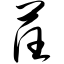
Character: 荏